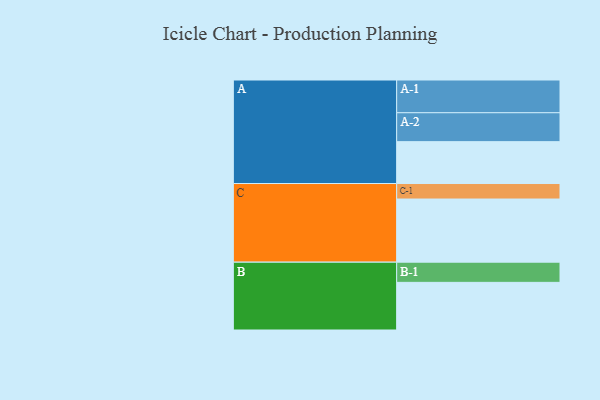
{"axis": {"x": "Segment", "y": "Value"}, "legend": ["", "A", "B", "C"], "data": [{"x": "A", "y": 340, "type": ""}, {"x": "B", "y": 387, "type": ""}, {"x": "C", "y": 513, "type": ""}, {"x": "A-1", "y": 266, "type": "A"}, {"x": "A-2", "y": 235, "type": "A"}, {"x": "B-1", "y": 164, "type": "B"}, {"x": "C-1", "y": 126, "type": "C"}]}